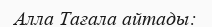
Алла Тағала айтады: